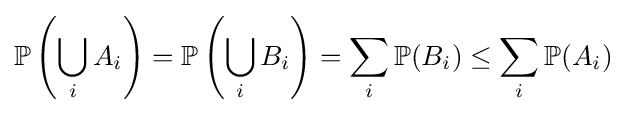
\mathbb {P} \left(\bigcup _{i}A_{i}\right)=\mathbb {P} \left(\bigcup _{i}B_{i}\right)=\sum _{i}\mathbb {P} (B_{i})\leq \sum _{i}\mathbb {P} (A_{i})